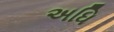
અધિ